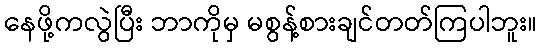
နေဖို့ကလွဲပြီး ဘာကိုမှ မစွန့်စားချင်တတ်ကြပါဘူး။